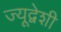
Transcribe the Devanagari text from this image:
ज्यूद्वेशी